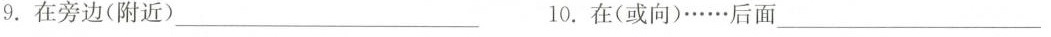
9.在旁边(附近)___10.在(或向)……后面___